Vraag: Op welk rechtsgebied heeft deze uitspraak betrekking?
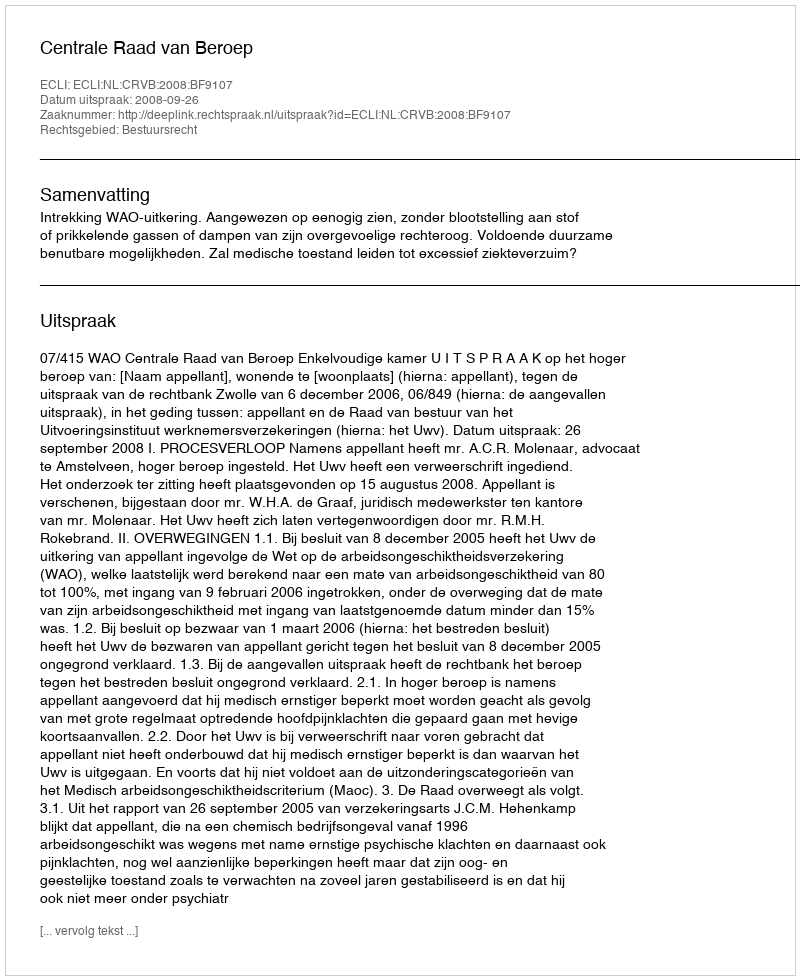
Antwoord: Bestuursrecht